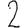
Digit: 2